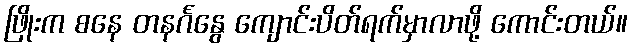
ဖြိုးက စနေ တနင်္ဂနွေ ကျောင်းပိတ်ရက်မှာလာဖို့ ကောင်းတယ်။